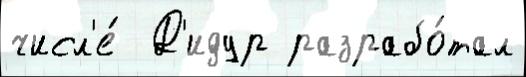
числ'е́  Д'идур разрабо́тал